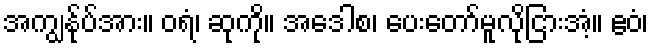
အကျွန်ုပ်အား။ ဝရံ၊ ဆုကို။ အဒေါစ၊ ပေးတော်မူလိုငြားအံ့။ ဧဝံ၊